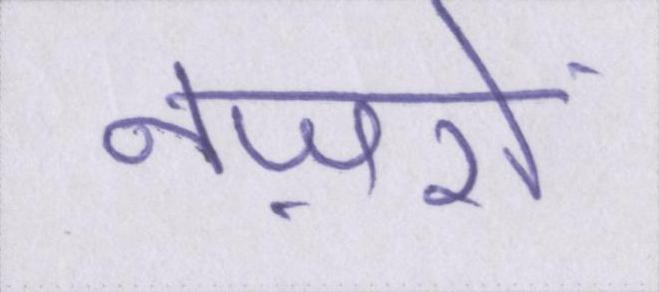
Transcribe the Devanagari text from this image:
नज़रों